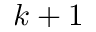
k + 1